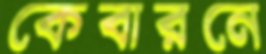
কেবারনে